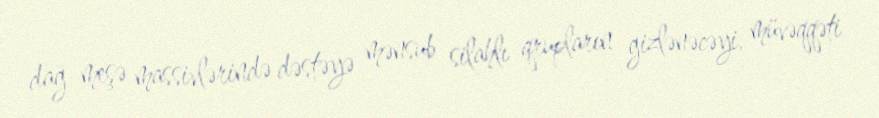
dağ-meşə massivlərində dəstəyə mənsub silahlı qrupların gizlənəcəyi, müvəqqəti